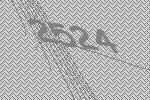
2524